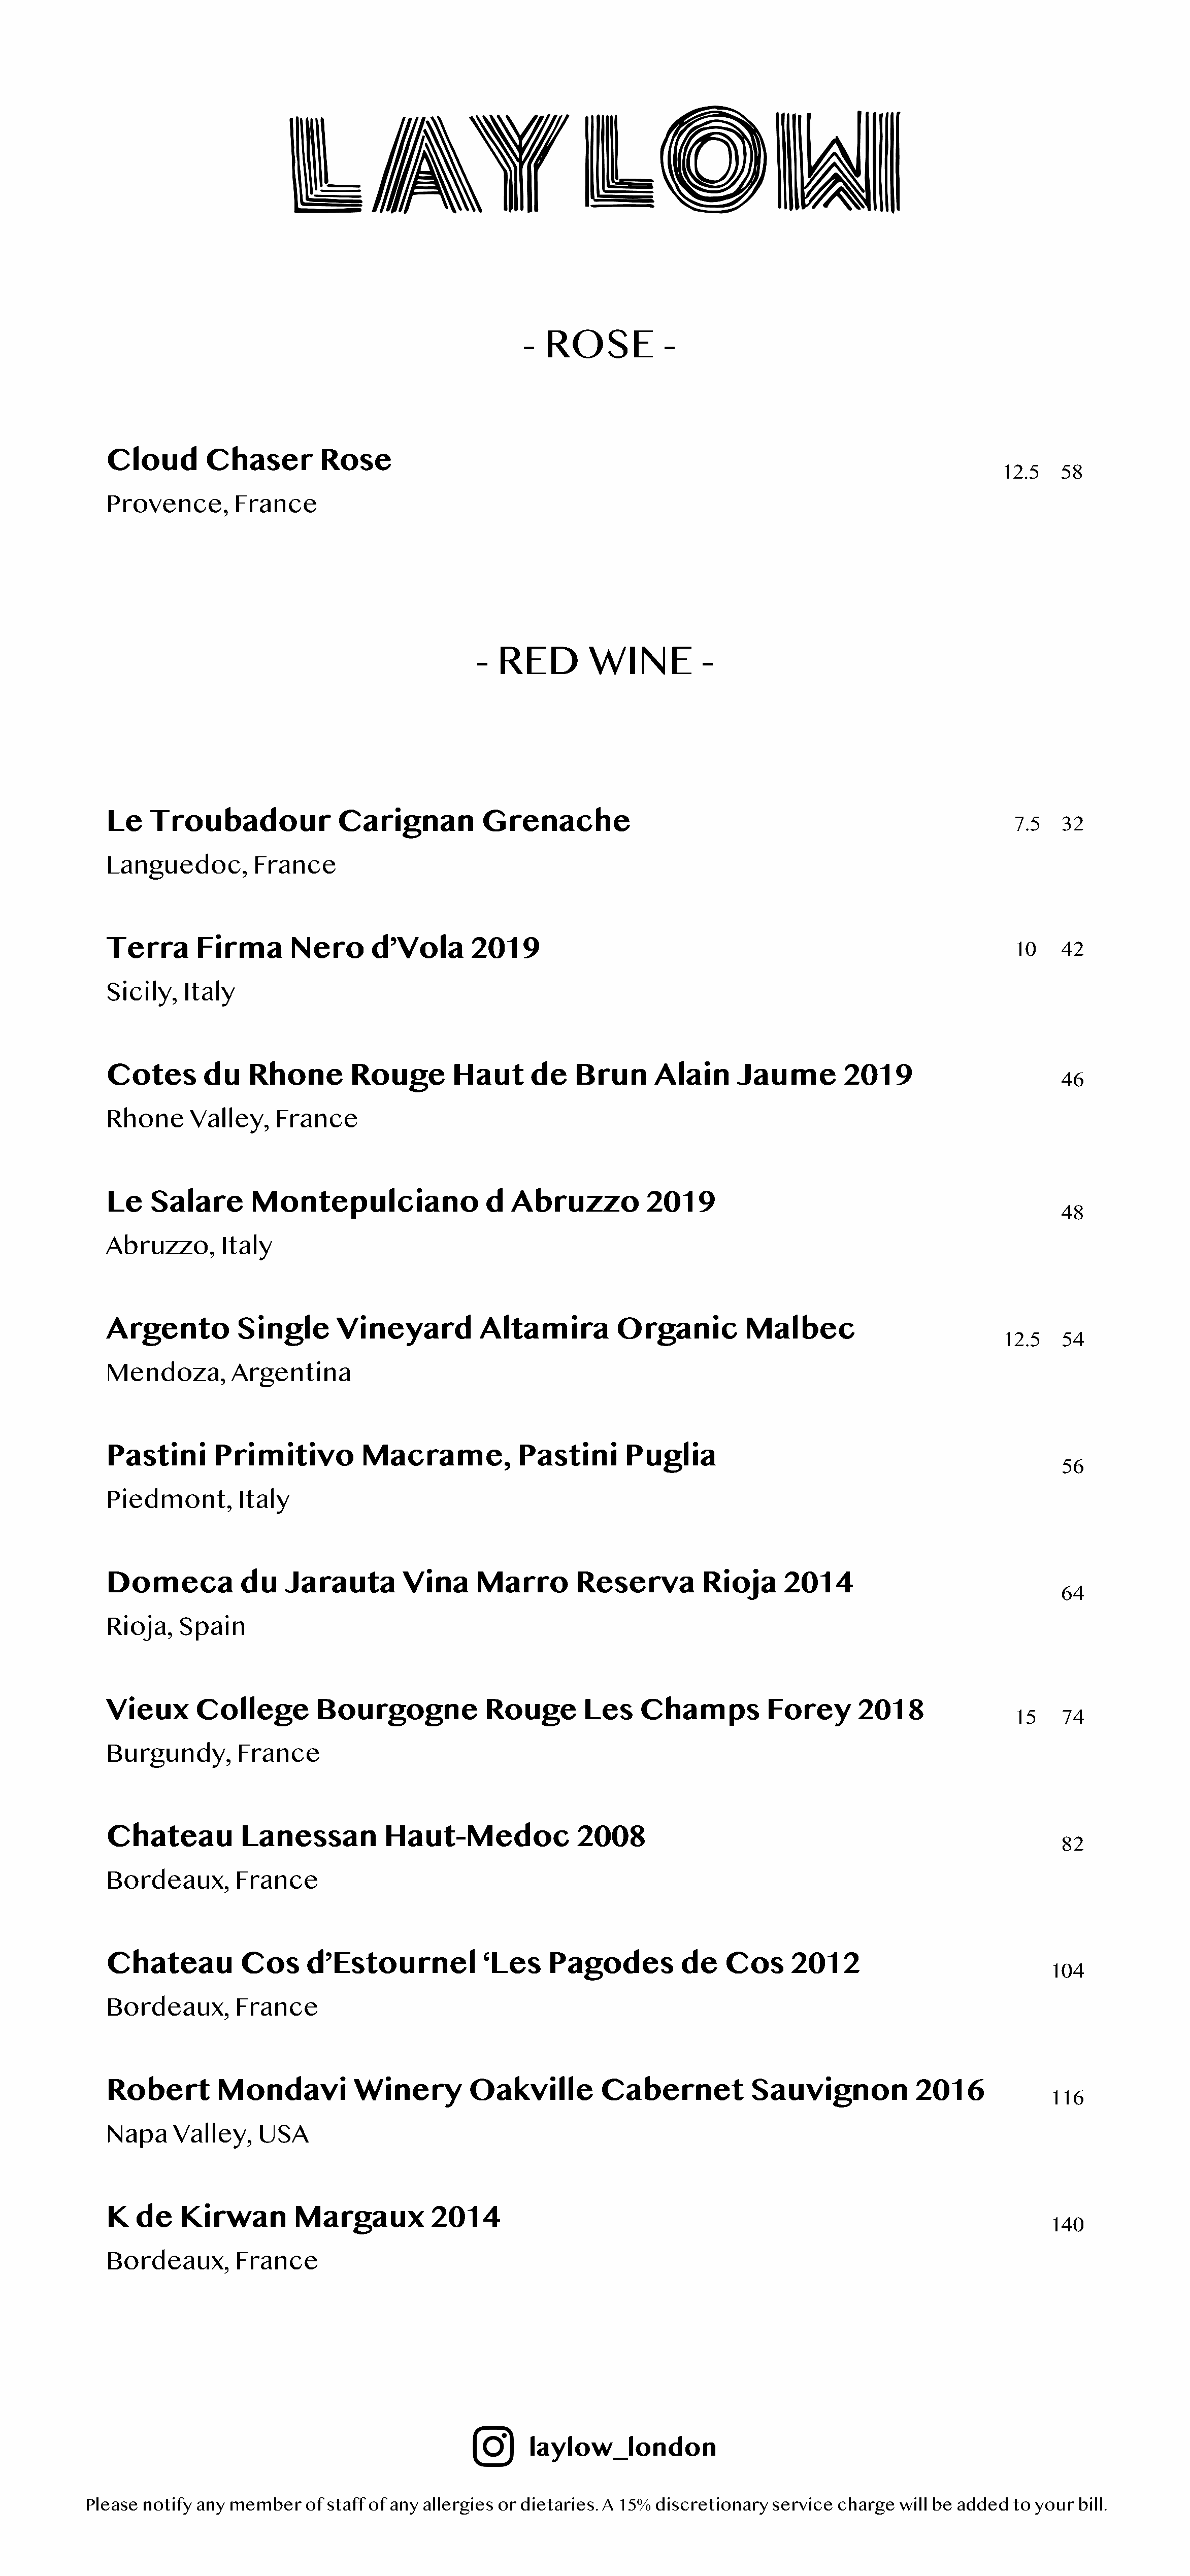
-  ROSE            -
 Cloud        Chaser         Rose
 12.5   58
 Provence,        France
 -  RED         WINE           -
 Le   Troubadour               Carignan           Grenache
 7.5   32
 Languedoc,         France
 Terra      Firma        Nero      d’Vola       2019                                                                   10    42
 Sicily,   Italy
 Cotes       du    Rhone         Rouge        Haut      de    Brun      Alain      Jaume         2019
 46
 Rhone      Valley,    France
 Le   Salare        Montepulciano                 d   Abruzzo          2019
 48
 Abruzzo,       Italy
 Argento          Single       Vineyard          Altamira          Organic          Malbec
 12.5   54
 Mendoza,        Argentina
 Pastini       Primitivo          Macrame,            Pastini       Puglia
 56
 Piedmont,        Italy
 Domeca           du    Jarauta        Vina      Marro        Reserva         Rioja      2014
 64
 Rioja,   Spain
 Vieux      College         Bourgogne             Rouge        Les    Champs           Forey       2018
 15    74
 Burgundy,        France
 Chateau          Lanessan           Haut-Medoc               2008
 82
 Bordeaux,        France
 Chateau          Cos      d’Estournel            ‘Les    Pagodes           de   Cos      2012
 104
 Bordeaux,        France
 Robert        Mondavi           Winery         Oakville         Cabernet            Sauvignon            2016
 116
 Napa     Valley,    USA
 K   de   Kirwan         Margaux           2014
 140
 Bordeaux,        France
 laylow_london
 Please  notify any member    of staff of any allergies or dietaries. A 15% discretionary  service charge  will be added  to your  bill.